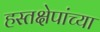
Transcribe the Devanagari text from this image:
हस्तक्षेपांच्या